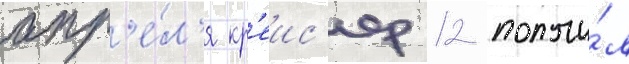
апр'е́л'я кр'еис'ер 12 получи́л